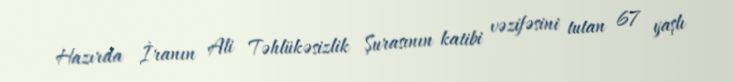
Hazırda İranın Ali Təhlükəsizlik Şurasının katibi vəzifəsini tutan 67 yaşlı